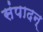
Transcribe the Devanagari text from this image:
संपादन्